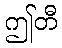
ဤတီ